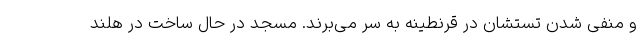
و منفی شدن تستشان در قرنطینه به سر می‌برند. مسجد در حال ساخت در هلند